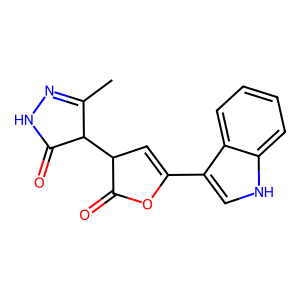
SMILES: CC1=NNC(=O)C1C1C=C(c2c[nH]c3ccccc23)OC1=O
Inhibits HIV replication: No